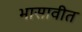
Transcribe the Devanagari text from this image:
भासावीत